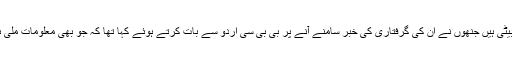
وہ سندھ یونیورسٹی میں کیمسٹری کے پروفیسر ڈاکٹر عبدالجبار لغاری کی بیٹی ہیں جنھوں نے ان کی گرفتاری کی خبر سامنے آنے پر بی بی سی اردو سے بات کرتے ہوئے کہا تھا کہ جو بھی معلومات ملی ہیں میڈیا سے ملی ہیں اور کسی ادارے نے ان سے اس بابت رابطہ نہیں کیا۔